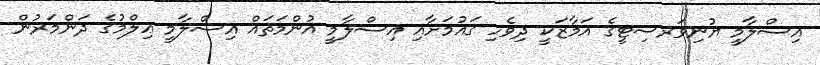
އިސްލާމީ ޔުނިވަރސިޓީގެ އަމާޒަކީ ދިވެހި ޤައުމަށާއި އިސްލާމީ އުންމަތައް އިސްލާމީ ޢިލްމުގެ ދަންމަރުން